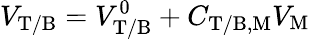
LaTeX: V_{\mathrm{T/B}}=V_{\mathrm{T/B}}^{0}+C_{\mathrm{T/B,M}}V_{\mathrm{M}}